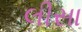
લીસા